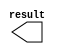
module x1_0 (
	result);

	output	[9:0]  result;

endmodule